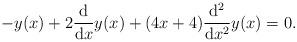
LaTeX: \begin{align*}-y(x) + 2 \frac{\mathrm{d}}{\mathrm{d}x}y(x) + (4x+4)\frac{\mathrm{d}^2}{\mathrm{d}x^2}y(x) = 0.\end{align*}